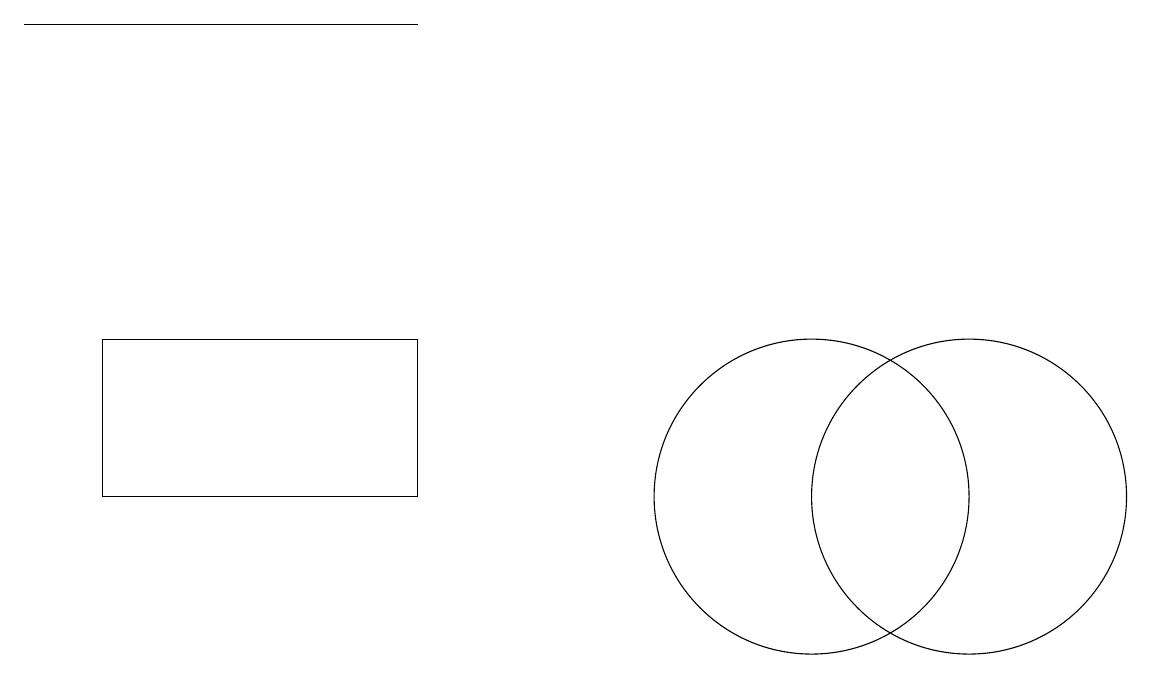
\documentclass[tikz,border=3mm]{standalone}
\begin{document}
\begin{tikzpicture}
\draw (1,12) rectangle (5,10);
\draw (0,16) rectangle (5,16);
\draw (1,10) rectangle (4,10);
\draw (12,10) circle (2);
\draw (10,10) circle (2);
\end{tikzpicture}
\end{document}